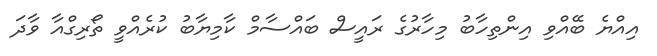
އިއްޔެ ބޭއްވި އިންތިހާބު މިހާރުގެ ރައީސް ބައްސާމް ކާމިޔާބު ކުރެއްވީ ތޯރިގްއާ ވާދަ